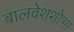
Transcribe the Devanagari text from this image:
बालवेशशोभा